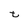
Character: t